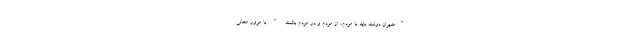
"مدیران دولت باید با مردم، از مردم و در مردم باشند " با مرور معانی